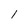
Character: 1